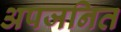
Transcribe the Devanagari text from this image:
अपजनित